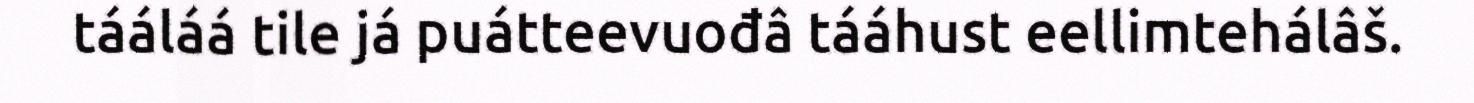
tááláá tile já puátteevuođâ tááhust eellimtehálâš.